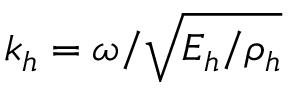
k _ { h } = \omega / \sqrt { E _ { h } / \rho _ { h } }